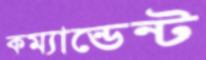
কম্যান্ডেন্ট